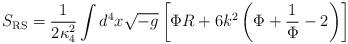
LaTeX: \begin{align*}S_{\rm RS} = {1 \over {2 \kappa_4^2}} \int d^4 x \sqrt{-g} \left [\Phi R + 6 k^2 \left ( \Phi + { 1\over \Phi} -2 \right ) \right ]\end{align*}